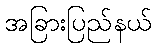
အခြားပြည်နယ်